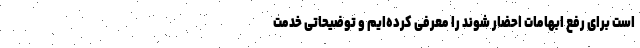
است برای رفع ابهامات احضار شوند را معرفی کرده‌ایم و توضیحاتی خدمت